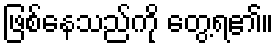
ဖြစ်နေသည်ကို တွေ့ရ၏။